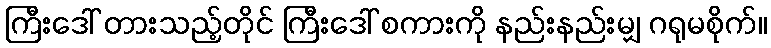
ကြီးဒေါ် တားသည့်တိုင် ကြီးဒေါ် စကားကို နည်းနည်းမျှ ဂရုမစိုက်။